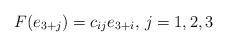
LaTeX: \begin{align*}F(e_{3+j}) = c_{ij}e_{3+i},\, j=1,2,3\end{align*}